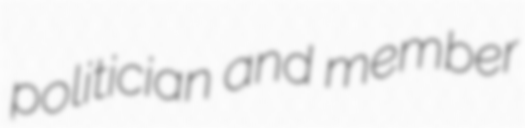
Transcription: politician and member